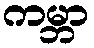
ကမ္ဘာ